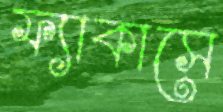
ফ্যাকাসে